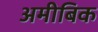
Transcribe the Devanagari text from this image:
अमीबिक